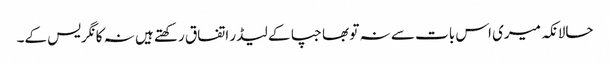
حالانکہ میری اس بات سے نہ تو بھاجپا کے لیڈر اتفاق رکھتے ہیں نہ کانگریس کے۔